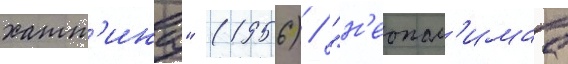
хатт'ина" (1956) / "н'еопал'имаа